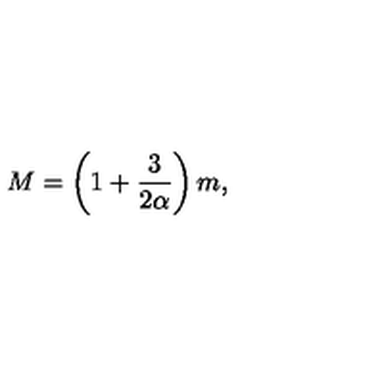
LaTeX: M = \left( 1 + \frac { 3 } { 2 \alpha } \right) m ,